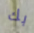
بك